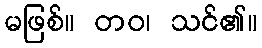
မဖြစ်။ တဝ၊ သင်၏။